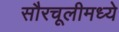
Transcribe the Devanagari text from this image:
सौरचूलीमध्ये